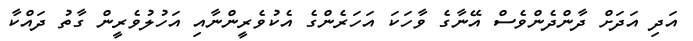
އަދި އަދަށް ދާންދެންވެސް އޭނާގެ ވާހަކަ އަހަރެންގެ އެކުވެރީންނާއި އަހުލުވެރީން ގާތު ދައްކާ